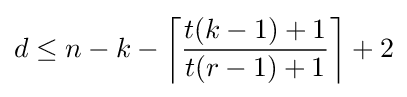
d\leq n-k-\left\lceil {\frac {t(k-1)+1}{t(r-1)+1}}\right\rceil +2